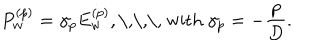
LaTeX: P _ { w } ^ { ( p ) } = \gamma _ { p } E _ { w } ^ { ( p ) } , \textrm { \, \, \, w i t h } \gamma _ { p } = - \frac { p } { D } .